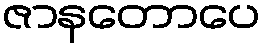
ဇာနတောပေ